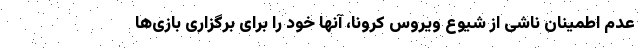
عدم اطمینان ناشی از شیوع ویروس کرونا، آنها خود را برای برگزاری بازی‌ها